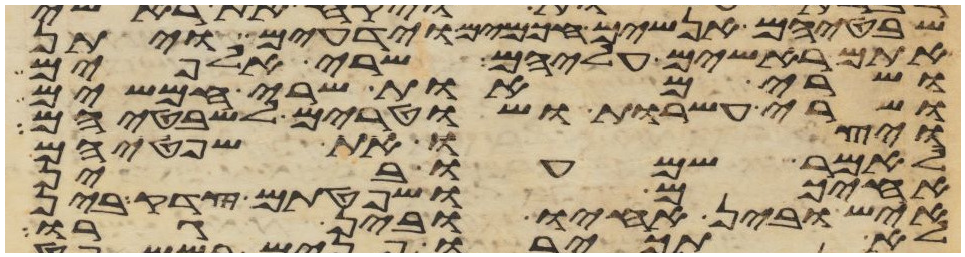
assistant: שבטיהם אנשים חכמים וידעים ויתן
אתם ראשים עליהם שרי אלפים
ושרי מאות שרי חמשים
ושרי עשרות ושטרים לשבטיהם
ויצו את שפטיהם
לאמר שמעו בין
אחיכם ושפטתם צדק בין
איש ובין אחיו ובין גרו